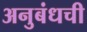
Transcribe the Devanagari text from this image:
अनुबंधची